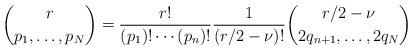
LaTeX: \begin{align*}\binom{r}{p_1,\ldots,p_N} = \frac{r!}{(p_1)!\cdots (p_n)!}\frac{1}{(r/2-\nu)!} \binom{r/2-\nu}{2q_{n+1},\ldots, 2q_N}\end{align*}